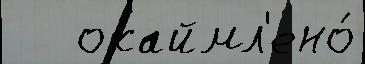
   окаймл'ено́